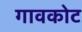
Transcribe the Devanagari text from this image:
गावकोट